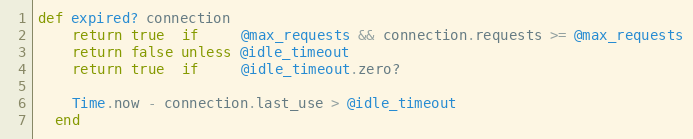
Language: Ruby
def expired? connection
    return true  if     @max_requests && connection.requests >= @max_requests
    return false unless @idle_timeout
    return true  if     @idle_timeout.zero?

    Time.now - connection.last_use > @idle_timeout
  end